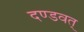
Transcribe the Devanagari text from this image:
दण्डवत्‌